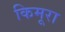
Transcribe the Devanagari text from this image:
किमूरा